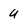
Character: u